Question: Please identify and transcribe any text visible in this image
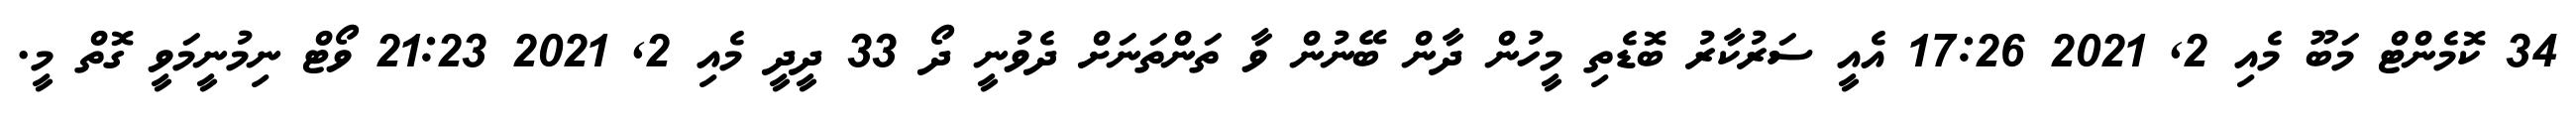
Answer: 34 ކޮމެންޓް މަބޫ މެއި 2, 2021 17:26 އެއީ ސަރުކާރު ބޮޑެތި މީހުން ދާން ބޭނުން ވާ ތަންތަނަށް ދެވުނީ ދޯ 33 ދީދީ މެއި 2, 2021 21:23 ވޯޓް ނިމުނީމަވީ ގޮތް މީ.